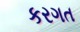
કરગત